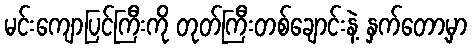
မင်းကျောပြင်ကြီးကို တုတ်ကြီးတစ်ချောင်းနဲ့ နှက်တော့မှာ